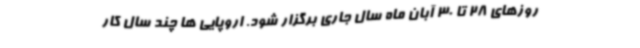
روزهای 28 تا 30 آبان ماه سال جاری برگزار شود. اروپایی ها چند سال کار